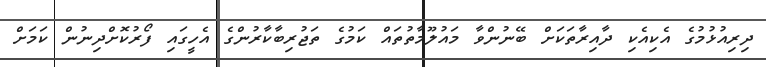
ދިރިއުޅުމުގެ އެކިއެކި ދާއިރާތަކަށް ބޭނުންވާ މައުލޫމާތުތައް ކަމުގެ ތަޖުރިބާކާރުންގެ އެހީގައި ފޯރުކޮށްދިނުން ކަމަށް